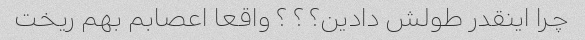
چرا اینقدر طولش دادین؟ ؟ ؟ واقعا اعصابم بهم ریخت